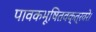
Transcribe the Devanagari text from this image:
पावकभूषितवक्त्रवरे।